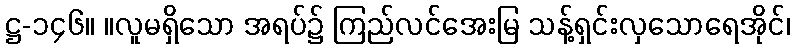
ဋ္ဌ-၁၄၆။ ။လူမရှိသော အရပ်၌ ကြည်လင်အေးမြ သန့်ရှင်းလှသောရေအိုင်၊